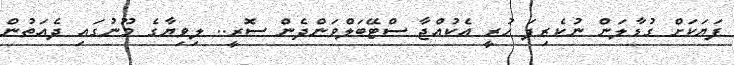
ފަޔަކަށް ގުޑާލަން ނުކެރިފަ ހުރީ އެކުއްޖާ ސްޓޭބަލްވަންދެން ސޮރީ.. ލިވިޔާގެ މޫނުގައި ދެއަތުން